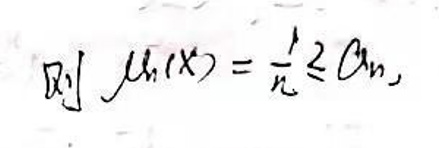
 则$ \ \mu_n(x)=\frac{1}{n}\sum a_n, $